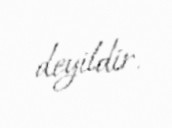
deyildir.